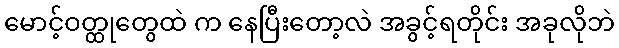
မောင့်ဝတ္ထုတွေထဲ က နေပြီးတော့လဲ အခွင့်ရတိုင်း အခုလိုဘဲ